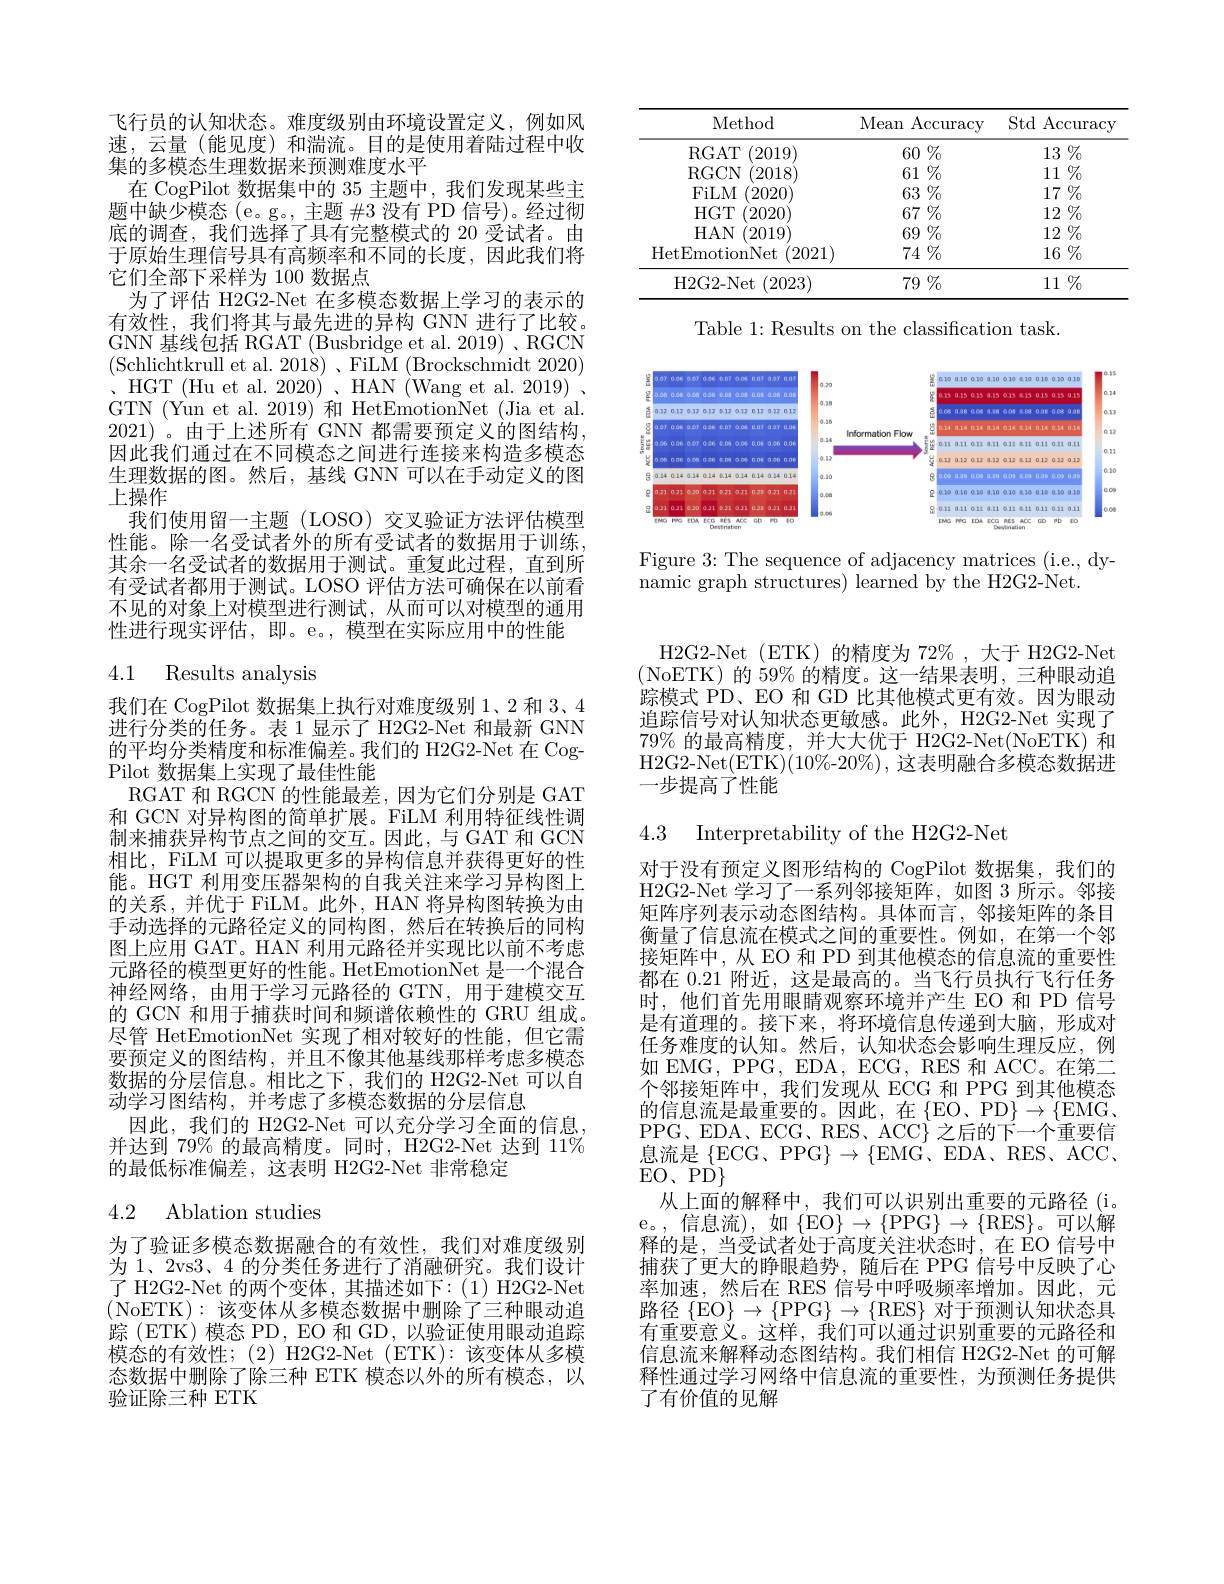
<table>
	<tbody>
		<tr>
			<th>Method</th>
			<th>Mean Accuracy</th>
			<th>Std Accuracy</th>
		</tr>
		<tr>
			<td>RGAT (2019)</td>
			<td>$60\%$</td>
			<td>$13\%$</td>
		</tr>
		<tr>
			<td>RGCN (2018</td>
			<td>$61\%$</td>
			<td>$11\%$</td>
		</tr>
		<tr>
			<td>FiLM (2020)</td>
			<td>$63\%$</td>
			<td>$17\%$</td>
		</tr>
		<tr>
			<td>$HGT$ (2020)</td>
			<td>$67\%$</td>
			<td>$2\%$ 12</td>
		</tr>
		<tr>
			<td>$HAN$ 2019</td>
			<td>$69\%$</td>
			<td>$2\%$ 12</td>
		</tr>
		<tr>
			<td>HetEmotionNet ${\mathrm{t} }$ (2021)</td>
			<td>74 $\%$</td>
			<td>$16\%$</td>
		</tr>
		<tr>
			<td>H2G2-Net (2023)</td>
			<td>$79\%$</td>
			<td>$11\%$</td>
		</tr>
	</tbody>
</table>

Table 1: Results on the classification task.

<FigureHere>

Figure 3: The sequence of adjacency matrices (i.e., dy-
namic graph structures) learned by the H2G2-Net.

飞行员的认知状态。难度级别由环境设置定义，例如风速，云量(能见度)和湍流。目的是使用着陆过程中收集的多模态生理数据来预测难度水平
在 CogPilot 数据集中的 35 主题中，我们发现某些主题中缺少模态(e。g。,主题 #3 没有 PD 信号)。经过彻底的调查，我们选择了具有完整模式的 20 受试者。由于原始生理信号具有高频率和不同的长度，因此我们将它们全部下采样为 100 数据点
为了评估 H2G2-Net 在多模态数据上学习的表示的有效性，我们将其与最先进的异构 GNN 进行了比较。GNN 基线包括 RGAT (Busbridge et al. 2019) 、RGCN $、$HGT(Hu et al. 2020)、HAN(Wang et al. 2019) GTN (Yun et al. 2019) 和 HetEmotionNet (Jia et al. 2021)。由于上述所有 GNN 都需要预定义的图结构， 因此我们通过在不同模态之间进行连接来构造多模态生理数据的图。然后，基线 GNN 可以在手动定义的图上操作
我们使用留一主题 (LOSO) 交叉验证方法评估模型性能。除一名受试者外的所有受试者的数据用于训练， 其余一名受试者的数据用于测试。重复此过程，直到所有受试者都用于测试。LOSO 评估方法可确保在以前看不见的对象上对模型进行测试，从而可以对模型的通用性进行现实评估，即。e。, 模型在实际应用中的性能

4.1 Results analysis

我们在 CogPilot 数据集上执行对难度级别 1、2 和 3、4进行分类的任务。表 1 显示了 H2G2-Net 和最新 GNN 的平均分类精度和标准偏差。我们的 H2G2-Net 在 CogPilot 数据集上实现了最佳性能
RGAT 和 RGCN 的性能最差，因为它们分别是 GAT 和 GCN 对异构图的简单扩展。FiLM 利用特征线性调制来捕获异构节点之间的交互。因此，与 GAT 和 GCN 相比，FiLM 可以提取更多的异构信息并获得更好的性能。HGT 利用变压器架构的自我关注来学习异构图上的关系，并优于 FiLM。此外，HAN 将异构图转换为由手动选择的元路径定义的同构图，然后在转换后的同构图上应用 GAT。HAN 利用元路径并实现比以前不考虑元路径的模型更好的性能。HetEmotionNet 是一个混合神经网络，由用于学习元路径的 GTN, 用于建模交互的 GCN 和用于捕获时间和频谱依赖性的 GRU 组成。尽管 HetEmotionNet 实现了相对较好的性能，但它需要预定义的图结构，并且不像其他基线那样考虑多模态数据的分层信息。相比之下，我们的 H2G2-Net 可以自动学习图结构，并考虑了多模态数据的分层信息
因此，我们的 H2G2-Net 可以充分学习全面的信息， 并达到 79% 的最高精度。同时，H2G2-Net 达到 11% 的最低标准偏差，这表明 H2G2-Net 非常稳定

## 4.2 Ablation studies

为了验证多模态数据融合的有效性，我们对难度级别为 1、2vs3、4 的分类任务进行了消融研究。我们设计了 H2G2-Net 的两个变体，其描述如下：(1)H2G2-Net (NoETK):该变体从多模态数据中删除了三种眼动追踪 (ETK) 模态 PD, EO 和 GD, 以验证使用眼动追踪模态的有效性；(2)H2G2-Net(ETK):该变体从多模态数据中删除了除三种 ETK 模态以外的所有模态，以验证除三种 ETK

H2G2-Net (ETK)的精度为 72% , 大于 H2G2-Net (NoETK)的 59% 的精度。这一结果表明，三种眼动追踪模式 PD、EO 和 GD 比其他模式更有效。因为眼动追踪信号对认知状态更敏感。此外，H2G2-Net 实现了$79\%$的最高精度，并大大优于 H2G2-Net(NoETK) 和H2G2-Net(ETK)(10$\%-20\%),这表明融合多模态数据进$ 一步提高了性能

4.3 Interpretability of the H2G2-Net

对于没有预定义图形结构的 CogPilot 数据集，我们的H2G2-Net 学习了一系列邻接矩阵，如图 3 所示。邻接矩阵序列表示动态图结构。具体而言，邻接矩阵的条目衡量了信息流在模式之间的重要性。例如，在第一个邻接矩阵中，从 EO 和 PD 到其他模态的信息流的重要性都在 0.21 附近，这是最高的。当飞行员执行飞行任务时，他们首先用眼睛观察环境并产生 EO 和 PD 信号是有道理的。接下来，将环境信息传递到大脑，形成对任务难度的认知。然后，认知状态会影响生理反应，例如 EMG, PPG, EDA, ECG, RES 和 ACC。在第二个邻接矩阵中，我们发现从 ECG 和 PPG 到其他模态的信息流是最重要的。因此，在$\{$EO、PD$\}\to\{$EMG, PPG、EDA、ECG、RES、ACC$\} 之后的下一个重要信$ 息流是$\{$ECG、PPG$\}\to\{$EMG、EDA、RES、ACC, $\operatorname{EO、PD}\}$
从上面的解释中，我们可以识别出重要的元路径(i. e。,信息流),如$\{EO\}\to\{PPG\}\to\{RES\}。可以解$ 释的是，当受试者处于高度关注状态时，在 EO 信号中捕获了更大的睁眼趋势，随后在 PPG 信号中反映了心率加速，然后在 RES 信号中呼吸频率增加。因此，元路径$\{$EO$\}\to\{$PPG$\}\to\{$RES$\}$对于预测认知状态具有重要意义。这样，我们可以通过识别重要的元路径和信息流来解释动态图结构。我们相信 H2G2-Net 的可解释性通过学习网络中信息流的重要性，为预测任务提供了有价值的见解